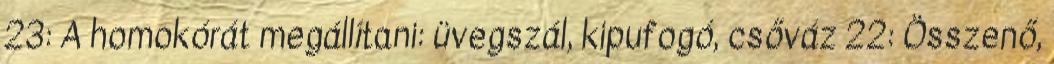
23: A homokórát megállítani: üvegszál, kipufogó, csőváz 22: Összenő,